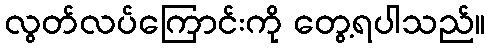
လွတ်လပ်ကြောင်းကို တွေ့ရပါသည်။